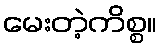
မေးတဲ့ကိစ္စ။